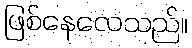
ဖြစ်နေလေသည်။